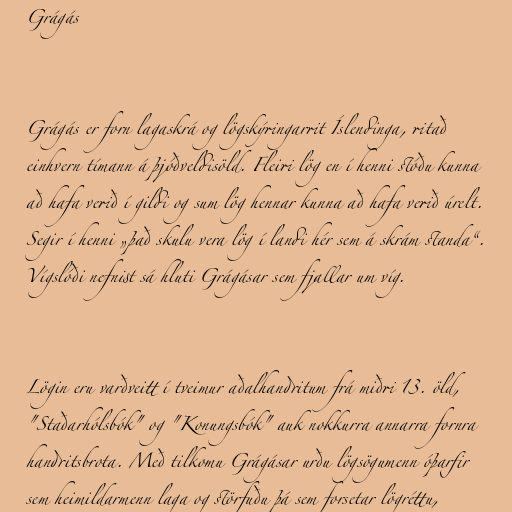
Grágás

Grágás er forn lagaskrá og lögskýringarrit Íslendinga, ritað
einhvern tímann á þjóðveldisöld. Fleiri lög en í henni stóðu kunna
að hafa verið í gildi og sum lög hennar kunna að hafa verið úrelt.
Segir í henni „það skulu vera lög í landi hér sem á skrám standa“.
Vígslóði nefnist sá hluti Grágásar sem fjallar um víg.

Lögin eru varðveitt í tveimur aðalhandritum frá miðri 13. öld,
"Staðarhólsbók" og "Konungsbók" auk nokkurra annarra fornra
handritsbrota. Með tilkomu Grágásar urðu lögsögumenn óþarfir
sem heimildarmenn laga og störfuðu þá sem forsetar lögréttu,